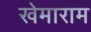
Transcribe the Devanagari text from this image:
खेमाराम